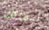
لبقائك